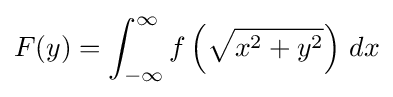
F(y)=\int _{-\infty }^{\infty }f\left({\sqrt {x^{2}+y^{2}}}\right)\,dx